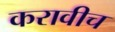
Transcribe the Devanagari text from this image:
करावीच